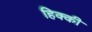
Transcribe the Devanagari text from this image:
हिक्‍की